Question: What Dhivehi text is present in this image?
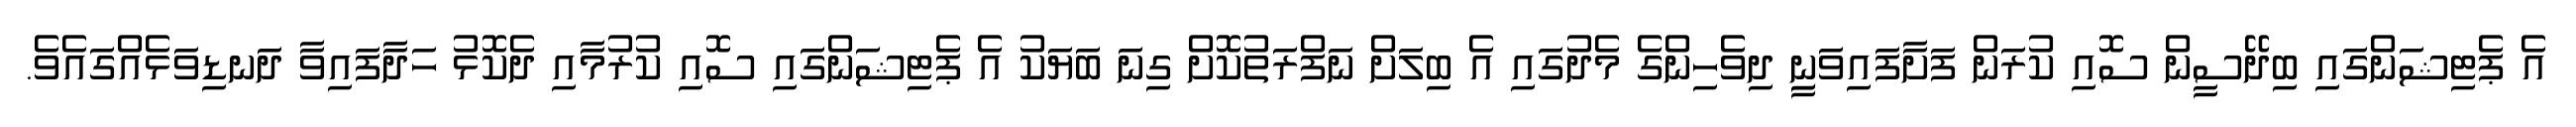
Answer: އެ ޕެޓިޝަންގައި ބިދޭސީން ސޮއި ކުރަން ފަށާފައިވަނިީ ދިވެހިންގެ މެދުގައި އެ ބިލަށް ނަފްރަތުކޮށް ގިނަ ބަޔަކު އެ ޕެޓިޝަންގައި ސޮއި ކުރުމާއި ދެކޮޅު ހަދާފައިވާ ދަނޑިވަޅެއްގައެވެ.